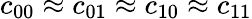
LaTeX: c_{00}\approx c_{01}\approx c_{10}\approx c_{11}